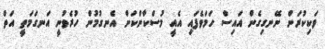
ވަކިކުރަން ނޭނގިގެން އައިސް ހަމަވެފައި އެއީ މުސްކާންކަން އެނގުމުން ހުރެވުނީ އަނގަމަތީ އަތް